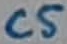
Text: C5